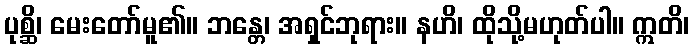
ပုစ္ဆိ၊ မေးတော်မူ၏။ ဘန္တေ၊ အရှင်ဘုရား။ နဟိ၊ ထိုသို့မဟုတ်ပါ။ ဣတိ၊